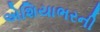
એશિયાભરની